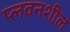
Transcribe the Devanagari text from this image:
प्लवनशील